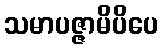
သမာပဇ္ဇာမိပိပေ